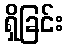
ရှိခြင်း